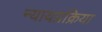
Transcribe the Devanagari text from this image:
न्यायप्रक्रिया